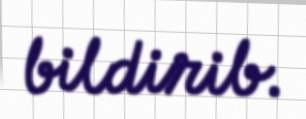
bildirib.